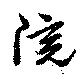
院